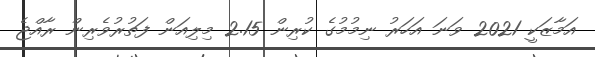
އަމާޒަކީ 2021 ވަނަ އަހަރު ނިމުމުގެ ކުރިން 2.15 މިލިއަން ފަތުރުވެރިން ރާއްޖެ